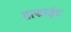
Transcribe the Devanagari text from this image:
ग्राफाईट